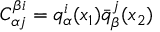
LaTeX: C _ { \alpha j } ^ { \beta i } = q _ { \alpha } ^ { i } ( x _ { 1 } ) \bar { q } _ { \beta } ^ { j } ( x _ { 2 } )